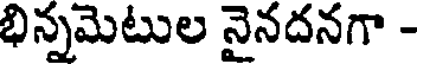
భిన్నమెటుల నైనదనగా -